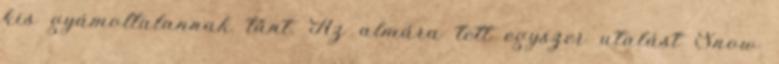
kis gyámoltalannak tűnt. Az almára tett egyszer utalást Snow